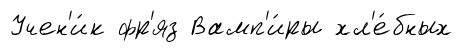
Учен'и́к фр'яз Вамп'и́ры хл'е́бных